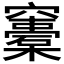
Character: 𥩀